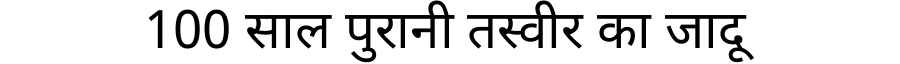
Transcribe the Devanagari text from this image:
100 साल पुरानी तस्वीर का जादू